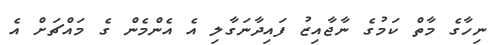
ނިހާގެ މާތް ކަމުގެ ނާޖާއިޒު ފައިދާނަގާލި އެ އެންމެން ގެ މައްޗަށް އެ